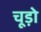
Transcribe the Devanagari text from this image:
चूड़ो